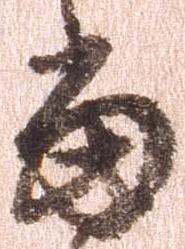
当